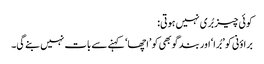
کوئی چیز بُری نہیں ہوتی:
براؤنی کو ’بُرا‘ اور بند گوبھی کو ’اچھا‘ کہنے سے بات نہیں بنے گی۔